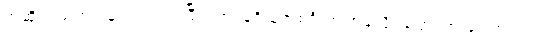
အဆိုပါ သတင်းနဲ့ ပတ်သက်ပြီး တာဝန်ရှိသူတစ်ဦးက အခုလိုပဲပြောကြားခဲ့ပါတယ်။